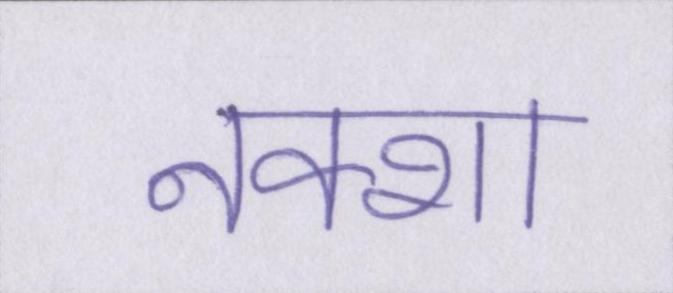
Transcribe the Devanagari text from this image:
नक्शा